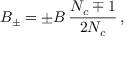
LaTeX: B _ { \pm } = \pm B \, \frac { N _ { c } \mp 1 } { 2 N _ { c } } \, ,